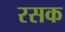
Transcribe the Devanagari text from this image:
रसक